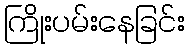
ကြိုးပမ်းနေခြင်း